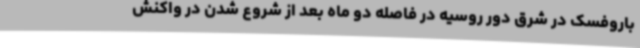
باروفسک در شرق دور روسیه در فاصله دو ماه بعد از شروع شدن در واکنش